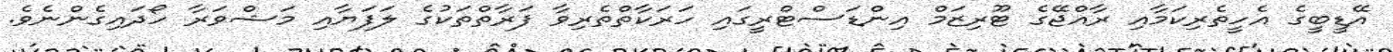
އޭޑީބީގެ އެހީތެރިކަމާއި ރާއްޖޭގެ ޓޫރިޒަމް އިންޑަސްޓްރީގައި ހަރަކާތްތެރިވާ ފަރާތްތަކުގެ ލަފަޔާއި މަޝްވަރާ ހޯދައިގެންނެވެ.